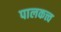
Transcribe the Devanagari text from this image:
पालकत्त्व